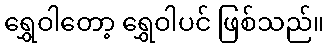
ရွှေဝါတော့ ရွှေဝါပင် ဖြစ်သည်။